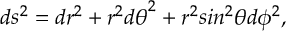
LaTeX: d s ^ { 2 } = d r ^ { 2 } + r ^ { 2 } { d { \theta } } ^ { 2 } + r ^ { 2 } s i n ^ { 2 } { \theta } d { \phi } ^ { 2 } ,